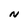
Character: N